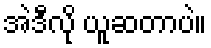
အဲဒီလို ယူဆတာပဲ။